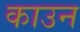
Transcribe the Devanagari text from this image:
काउन